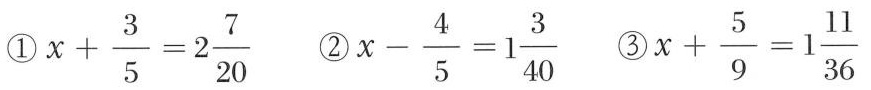
① $$x + \frac { 3 } { 5 } = 2 \frac{7}{20}$$ ② $$x - \frac { 4 } { 5 } = 1 \frac {